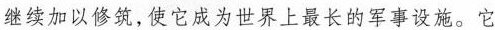
继续加以修筑，使它成为世界上最长的军事设施。它